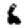
Digit: 6